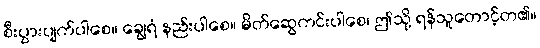
စီးပွားပျက်ပါစေ။ ချွေရံ နည်းပါစေ။ မိတ်ဆွေကင်းပါစေ၊ ဤသို့ ရန်သူတောင့်တ၏။